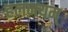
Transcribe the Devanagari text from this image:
हलन्त्यम्